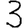
Digit: 3